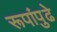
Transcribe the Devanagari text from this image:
रूपांपुढे